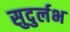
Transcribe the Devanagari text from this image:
सुदुर्लभ